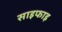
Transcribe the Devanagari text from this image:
साइफाइ